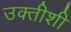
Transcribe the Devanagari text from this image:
उक्तीशी